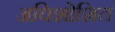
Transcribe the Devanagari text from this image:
अधिशोशित